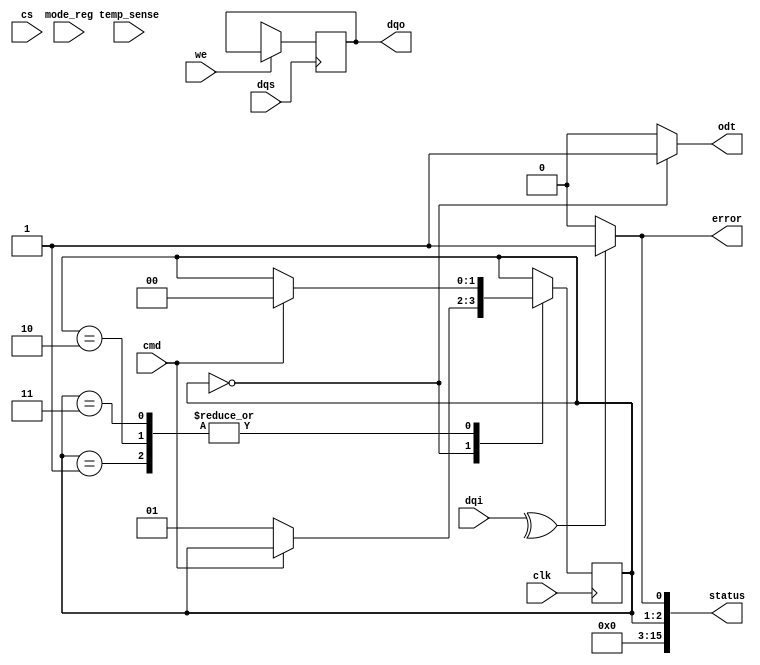
module lpddr4_io_block (
    input wire clk,                // Clock input
    input wire dqs,                // Data Strobe
    input wire [15:0] dqi,         // Data input
    output wire [15:0] dqo,        // Data output
    input wire cmd,                // Command input
    input wire cs,                 // Chip Select
    input wire we,                 // Write Enable
    output wire error,             // Error signal
    output wire [15:0] status,     // Status signals
    input wire temp_sense,         // Temperature sensor input
    output wire odt,               // On-die termination control
    input wire [3:0] mode_reg      // Mode register input
);

    // Power Management States
    reg [1:0] power_state; // 00: Active, 01: Idle, 10: Sleep, 11: Deep Sleep
    parameter ACTIVE = 2'b00, IDLE = 2'b01, SLEEP = 2'b10, DEEP_SLEEP = 2'b11;

    // Data Buffers
    reg [15:0] data_buffer_in;
    reg [15:0] data_buffer_out;

    // Error Detection (Simple Parity Check)
    wire parity_check;
    assign parity_check = ^dqi; // Simple parity check for incoming data

    // Clock and Data Recovery (CDR) - Placeholder
    // In a real design, this would involve PLLs or DLLs for synchronization

    // On-Die Termination Control
    assign odt = (power_state == ACTIVE) ? 1'b1 : 1'b0;

    // State Machine for Power Management
    always @(posedge clk) begin
        case (power_state)
            ACTIVE: if (cmd == 1'b0) power_state <= IDLE;
            IDLE: if (cmd == 1'b1) power_state <= ACTIVE;
            SLEEP: if (cmd == 1'b1) power_state <= ACTIVE;
            DEEP_SLEEP: if (cmd == 1'b1) power_state <= ACTIVE;
            default: power_state <= ACTIVE;
        endcase
    end

    // Data Transmission Logic
    always @(posedge dqs) begin
        if (we) begin
            data_buffer_in <= dqi; // Write data
        end else begin
            dqo <= data_buffer_out; // Read data
        end
    end

    // Error Reporting
    assign error = (parity_check != 1'b0) ? 1'b1 : 1'b0;

    // Status Signals
    assign status = {power_state, error}; // Example status output

    // Temperature Compensation Logic - Placeholder
    // In a real design, this would involve ADCs and compensation algorithms

endmodule